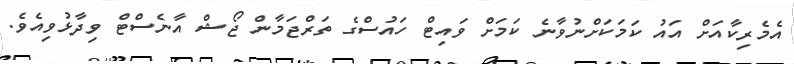
އެމެރިކާއަށް އައު ކަމަކަށްނުވާނެ ކަމަށް ވައިޓް ހައުސްގެ ތަރްޖަމާން ޖޯޝް އާނެސްޓް ވިދާޅުވިއެވެ.